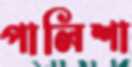
পালিশা